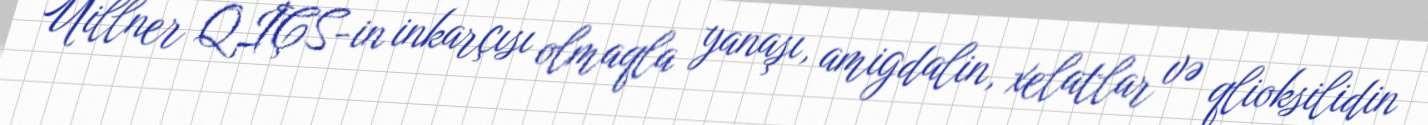
Uillner QİÇS-in inkarçısı olmaqla yanaşı, amigdalin, xelatlar və qlioksilidin